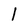
Character: 1